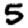
Digit: 5